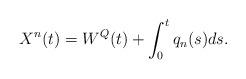
LaTeX: \begin{align*}X^n(t) = W^Q(t) + \int_0^tq_n(s)ds.\end{align*}